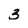
Character: 3